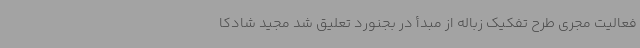
فعالیت مجری طرح تفکیک زباله از مبدأ در بجنورد تعلیق شد مجید شادکا